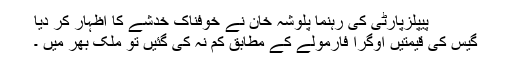
پیپلزپارٹی کی رہنما پلوشہ خان نے خوفناک خدشے کا اظہار کر دیا
گیس کی قیمتیں اوگرا فارمولے کے مطابق کم نہ کی گئیں تو ملک بھر میں ۔